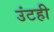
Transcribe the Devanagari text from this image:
उंटही